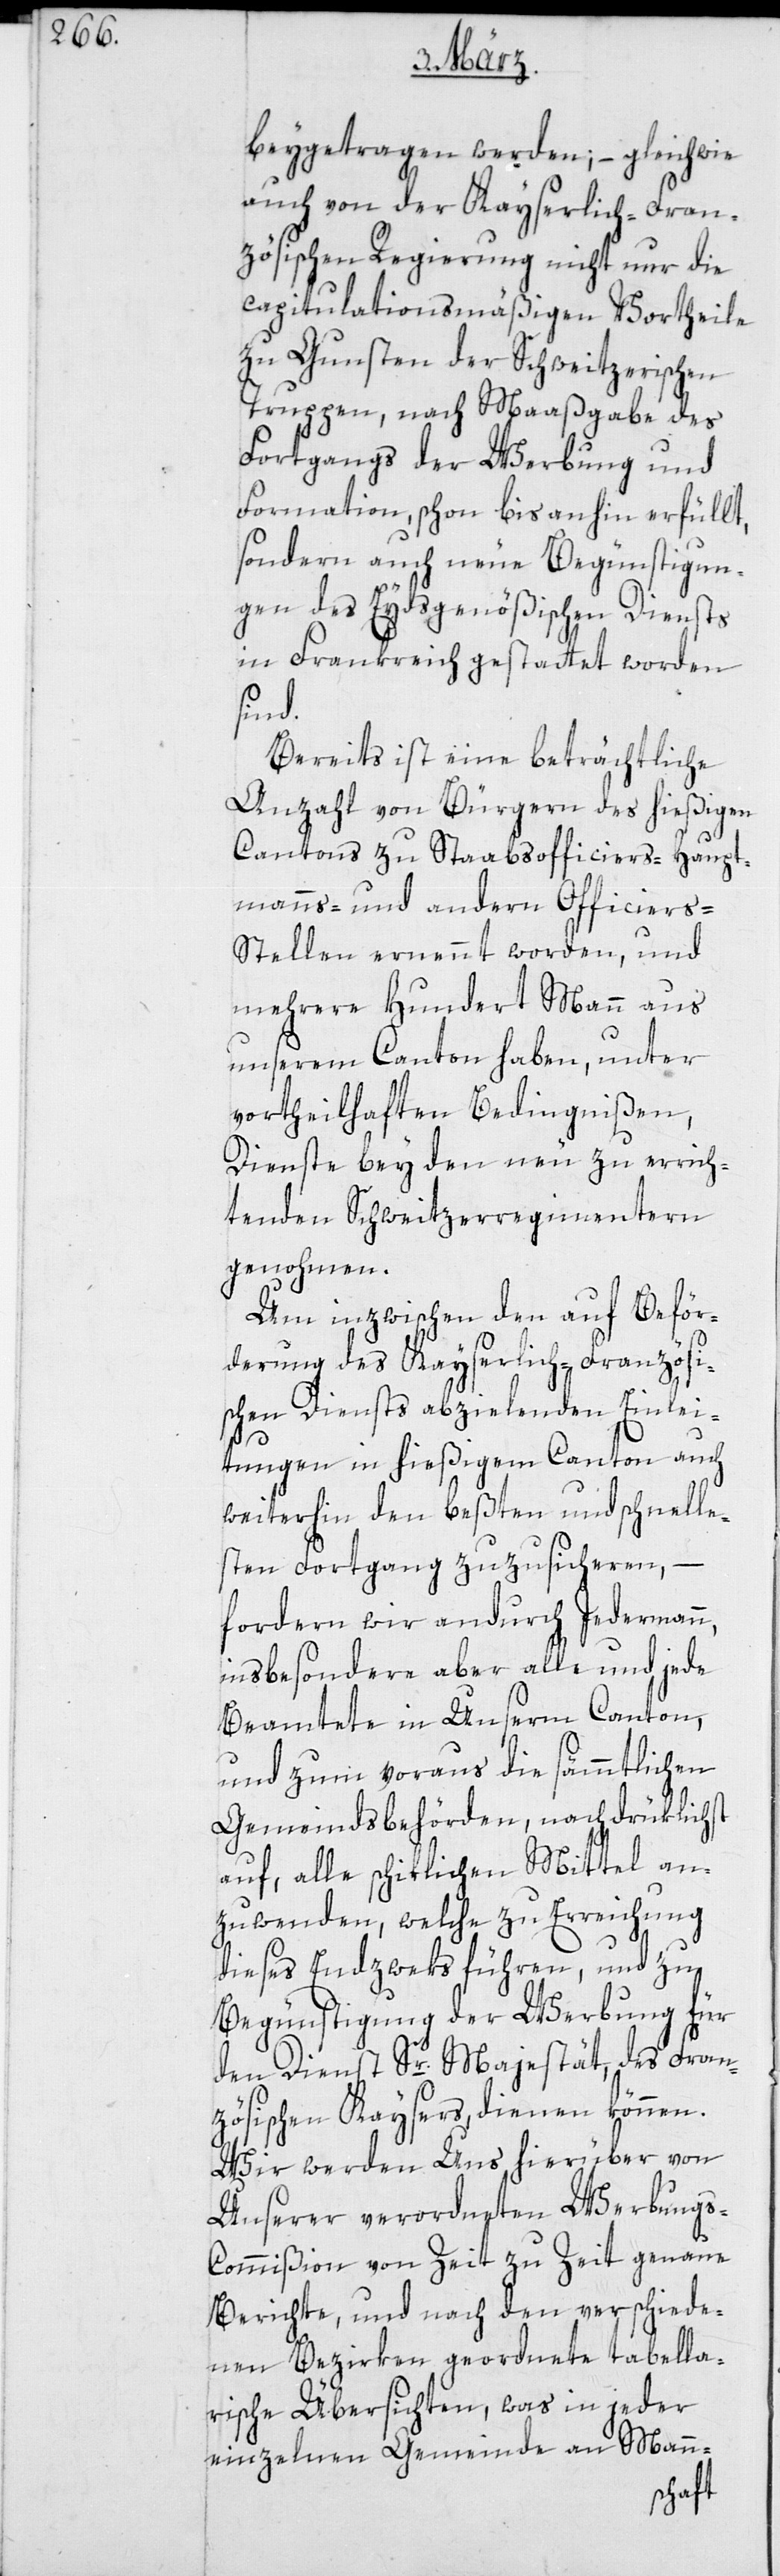
beygetragen werden, – gleichwie
auch von der Kayserlich-Fran¬
zösischen Regierung nicht nur die
capitulationsmäßigen Vortheile
zu Gunsten der Schweitzerischen
Truppen, nach Maaßgabe des
Fortgangs der Werbung und
Formation, schon bis anhin erfüllt,
sondern auch neue Begünstigun¬
gen des Eydsgenößischen Diensts
in Frankreich gestattet worden
sind.
Bereits ist eine beträchtliche
Anzahl von Bürgern des hießigen
Cantons zu Staabsofficiers-[,] Haupt¬
manns- und anderen Officiers-S¬
tellen ernennt worden, und
mehrere Hundert Mann aus
unserem Canton haben, unter
vortheilhaften Bedingnißen,
Dienste bey den neu zu errich¬
tenden Schweitzerregimentern
genohmen.
Um inzwischen den auf Beför¬
derung des Kayserlich-Französi¬
schen Diensts abzielenden Einlei¬
tungen in hießigem Canton auch
weiterhin den beßten und schnell¬
sten Fortgang zuzusicheren,
fordern wir andurch Jedermann,
insbesondere aber alle und jede
Beamtete in Unserm Canton,
und zum Voraus die sämmtlichen
Gemeindsbehörden nachdrüklichst
auf, alle schiklichen Mittel an¬
zuwenden, welche zu Erreichung
dieses Endzweks führen, und zu
Begünstigung der Werbung für
den Dienst Sr. Majestät, des Fran¬
zösischen Kaysers, dienen können.
Wir werden Uns hierüber von
unserer verordneten Werbung¬
s-Commißion von Zeit zu Zeit genaue
Berichte, und nach den verschiede¬
nen Bezirken geordnete tabella¬
rische Übersichten, was in jeder
einzelnen Gemeinde an Mann-